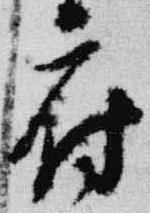
府